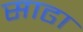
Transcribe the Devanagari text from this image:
साढा